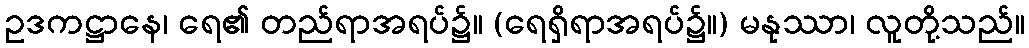
ဥဒကဋ္ဌာနေ၊ ရေ၏ တည်ရာအရပ်၌။ (ရေရှိရာအရပ်၌။) မနုဿာ၊ လူတို့သည်။